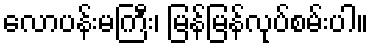
လောပန်းမကြီး၊ မြန်မြန်လုပ်စမ်းပါ။